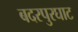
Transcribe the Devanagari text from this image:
बदरपुरघाट